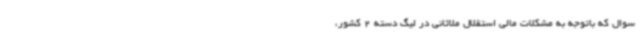
سوال که باتوجه به مشکلات مالی استقلال ملاثانی در لیگ دسته 2 کشور،